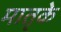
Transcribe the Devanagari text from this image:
मातृके